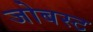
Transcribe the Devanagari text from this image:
जोबस्ट